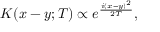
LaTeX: K ( x - y ; T ) \propto e ^ { \frac { i ( x - y ) ^ { 2 } } { 2 T } } ,